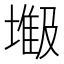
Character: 𫮥